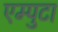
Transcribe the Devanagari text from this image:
एम्पुटा